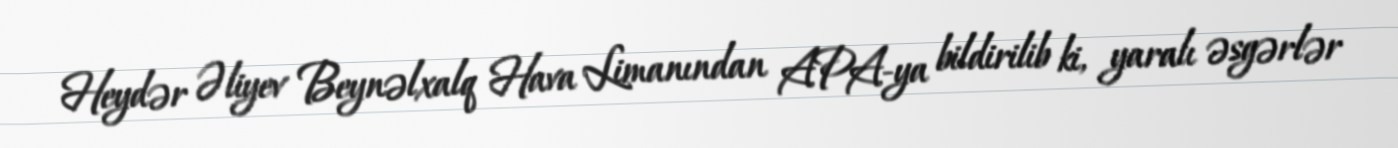
Heydər Əliyev Beynəlxalq Hava Limanından APA-ya bildirilib ki, yaralı əsgərlər